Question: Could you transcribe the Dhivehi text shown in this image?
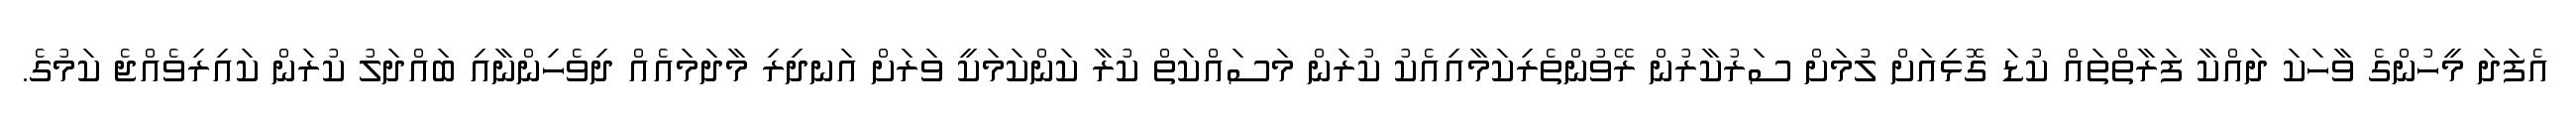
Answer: އެފަދަ މީހުންގެ ވާހަކަ ދައްކާ ފަރާތްތައް ކުޑަ ގޮޅިއަށް ލުމަށް ސަރުކާރުން ރޭވުންތެރިކަމާއިއެކު ކުރަން މަސައްކަތް ކުރާ ކަންކަމަކީ ވަރަށް އަނދިރި މާދަމައެއް ދިވެހިންނާއި ބައްދަލު ކުރަން ކައިރިވެއްޖެ ކަމުގެ.